Civil Veterinary Department Bengal reports 1933-51 - 1933-1951
Year: 1933
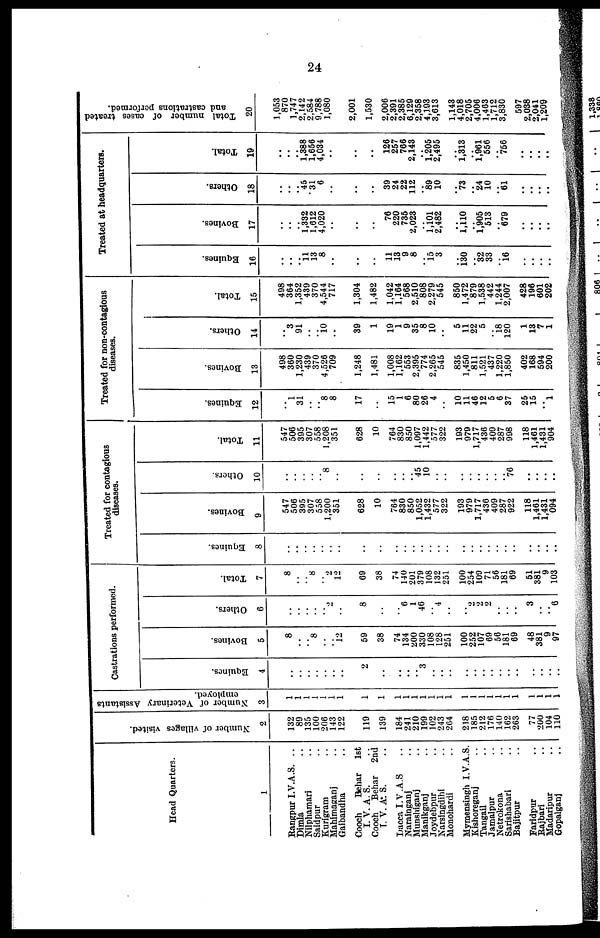
24
Head Quarters.
1
Rangpur I.V.A.S. ..
Dimla
Nilphamari
Saidpur
Kurigram
Mahimaganj ..
Gaibandha ..
Cooch
Behar 1st
I. V. A. S.
Cooch Behar 2nd
T. V. A. S.
Dacca I.V.A.S ..
Narainganj ..
Munshiganj ..
Manikganj ..
Joydebpur ..
Narsingdihi ..
Monohardi ..
Mymensingh I.V.A.S.
Kishoreganj ..
Tangail ..
Jamalpur ..
Netrokona ..
Sarishabari ..
Bajitpur ..
Faridpur ..
Rajbari ..
Madaripur ..
Gopalganj ..
Number of villages visited.
2
132
89
135
100
206
143
122
119
139
184
241
210
199
102
243
264
218
185
212
176
140
162
263
77
200
104
110
Number of Veterinary Assistants
employed.
3
1
1
1
1
1
1
1
1
1
1
1
1
1
1
1
1
1
1
1
1
1
1
1
1
1
1
1
Castrations performed.
Equines.
4
..
..
..
..
..
..
..
2
..
..
..
..
3
..
..
..
..
..
..
..
..
..
..
..
..
..
..
Bovines.
5
8
..
.. 8
..
.. 12
59
38
74
134
200
330
108
128
251
100
252
107
69
56
181
69
48
381
9
97
Others.
6
..
..
..
..
.. 2
..
8
..
..
6
1
46
.. 4
..
..
2
2
2
..
..
..
3
..
.. 6
Total.
7
8
..
.. 8
.. 2
12
69
38
74
140
201
379
108
132
251
100
254
109
71
56
181
69
51
381
9
103
Treated for contagious
diseases.
Equines.
8
..
..
..
..
..
.. ..
..
..
..
..
..
..
..
..
..
..
..
..
..
..
..
..
..
..
..
..
Bovines.
9
547
506
395
307
558
1,200
351
628
10
764
830
850
1,052
1,432
577
322
193
979
1,717
436
409
287
922
118
1,461
1,431
094
Others.
10
..
..
..
..
.. 8
..
..
..
..
..
.. 45
10
..
..
..
..
..
..
..
..
76
..
..
.. ..
Total.
11
547
506
395
307
558
1,208
351
628
10
764
830
850
1,097
1,442
577
322
193
979
1,717
436
409
287
998
118
1,461
1,431
904
Treated for non-contagious
diseases.
Equines.
12
..
1
31
..
.. 8
8
17
..
15
1
6
80
26
4
..
10
11
46
12
5
6
37
25
15
.. 1
Bovines.
13
498
360
1,230
439
370
4,526
709
1,248
1,481
1,008
1,162
553
2,395
774
2,265
545
835
1,450
811
1,521
437
1,220
1,850
402
168
594
200
Others.
14
..
3
91
..
.. 10
..
39
1
19
1
9
35
8
10
..
5
11
22
5
.. 18
120
1
13
7
1
Total.
15
498
364
1,352
439
370
4,544
717
1,304
1,482
1,042
1,164
568
2,510
808
2,279
545
850
1,472
879
1,538
442
1,244
2,007
428
196
601
202
Treated at headquarters.
Equines.
16
..
..
.. 11 13
8
..
..
..
11
13
9
8
.. 15 3
..
130
.. 32
33
.. 16
..
..
..
..
Bovines.
17
..
..
.. 1,332
1,612
4,020
..
..
..
76
220
735
2,023
.. 1,101
2,482
..
1,110
.. 1,905
513
.. 679
..
..
.. ..
Others.
18
..
..
.. 45
31
6
..
..
..
39
24
22
112
.. 89
10
..
73
.. 24
10
.. 61
..
..
.. ..
Total.
19
..
..
.. 1,388
1,656
4,034
..
..
..
126
257
766
2,143
..
1,205
2,495
..
1,313
.. 1,961
556
.. 756
..
..
..
..
Total number of cases treated
and castrations performed.
20
1,053
870
1,747
2,142
2,584
9,788
1,080
2,001
1,530
2,006
2,391
2,385
6,129
2,358
4,193
3,613
1,143
4,018
2,705
4,006
1,463
1,712
3,830
597
2,038
2,041
1,209